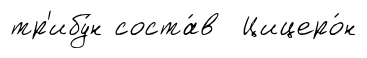
тр'ибу́н соста́в Цицеро́н